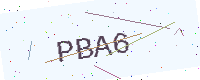
Text: PBA6